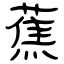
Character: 蕉